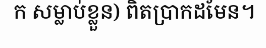
ក សម្លាប់ខ្លួន) ពិតប្រាកដមែន។